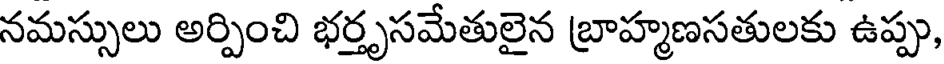
నమస్సులు అర్పించి భర్తృసమేతులైన బ్రాహ్మణసతులకు ఉప్పు,